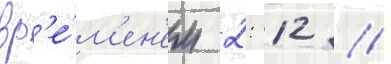
вр'е́м'ен'ем 2: 12 //